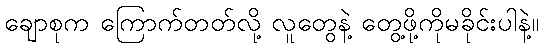
ချောစုက ကြောက်တတ်လို့ လူတွေနဲ့ တွေ့ဖို့ကိုမခိုင်းပါနဲ့။